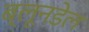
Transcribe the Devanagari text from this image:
ब्लूनडेल